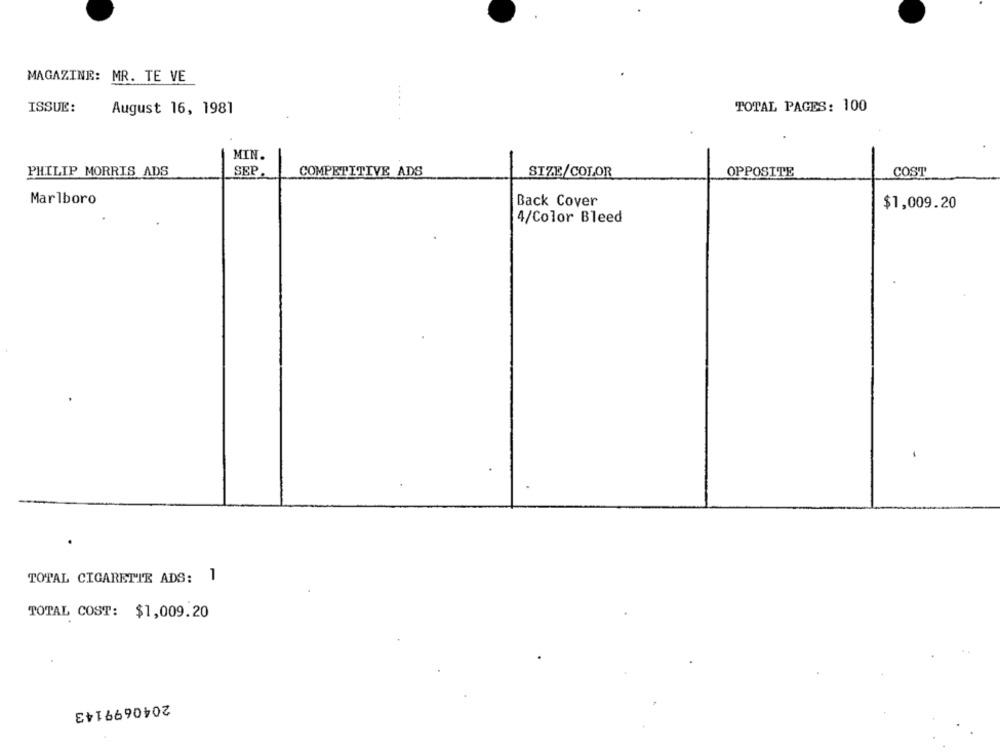
MAGAZINE: MR. TE VE
ISSUE:
August 16, 1981
TOTAL PAGES: 100
MIN.
PHILIP MORRIS ADS
SEP
COMPETITIVE ADS
SIZE/COLOR
OPPOSITE
COST
Marlboro
Back Cover
$1,009.20
4/Color Bleed
TOTAL CIGARETTE ADS: 1
TOTAL COST: $1,009.20
2040699143